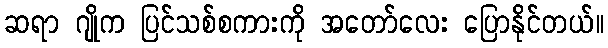
ဆရာ ဂျိုက ပြင်သစ်စကားကို အတော်လေး ပြောနိုင်တယ်။